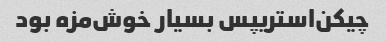
چیکن‌استریپس بسیار خوش‌مزه بود